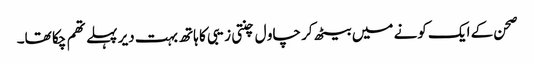
صحن کے ایک کونے میں بیٹھ کر چاو ل چنتی زیبی کا ہاتھ بہت دیر پہلے تھم چکا تھا۔